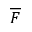
\overline { F }